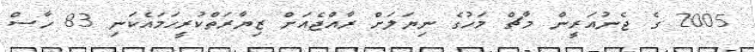
2005 ގެ ޖެނުއަރީން މާޗް މަހުގެ ނިޔަލަށް ރާއްޖެއަށް ޒިޔާރަތްކުރީހަމައެކަނި 83 ހާސް